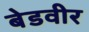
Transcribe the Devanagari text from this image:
बेडवीर